Problem: 3 + 19 = ?
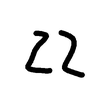
Handwritten answer: 22